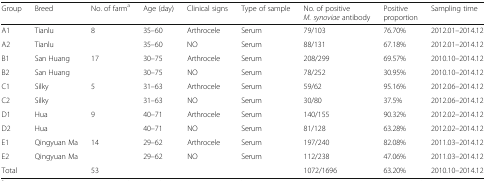
| Group | Breed | No. of farma | Age (day) | Clinical signs | Type of sample | No. of positive M. synoviae antibody | Positive proportion | Sampling time |
 | --- | --- | --- | --- | --- | --- | --- | --- | --- |
 | A1 | Tianlu | <ROWSPAN=2> 8 | 35–60 | Arthrocele | Serum | 79/103 | 76.70% | 2012.01–2014.12 |
 | A2 | Tianlu | 35–60 | NO | Serum | 88/131 | 67.18% | 2012.01–2014.12 |
 | B1 | San Huang | <ROWSPAN=2> 17 | 30–75 | Arthrocele | Serum | 208/299 | 69.57% | 2010.10–2014.12 |
 | B2 | San Huang | 30–75 | NO | Serum | 78/252 | 30.95% | 2010.10–2014.12 |
 | C1 | Silky | <ROWSPAN=2> 5 | 31–63 | Arthrocele | Serum | 59/62 | 95.16% | 2012.06–2014.12 |
 | C2 | Silky | 31–63 | NO | Serum | 30/80 | 37.5% | 2012.06–2014.12 |
 | D1 | Hua | <ROWSPAN=2> 9 | 40–71 | Arthrocele | Serum | 140/155 | 90.32% | 2012.02–2014.12 |
 | D2 | Hua | 40–71 | NO | Serum | 81/128 | 63.28% | 2012.02–2014.12 |
 | E1 | Qingyuan Ma | <ROWSPAN=2> 14 | 29–62 | Arthrocele | Serum | 197/240 | 82.08% | 2011.03–2014.12 |
 | E2 | Qingyuan Ma | 29–62 | NO | Serum | 112/238 | 47.06% | 2011.03–2014.12 |
 | <COLSPAN=2> Total | 53 |  |  |  | 1072/1696 | 63.20% | 2010.10–2014.12 |